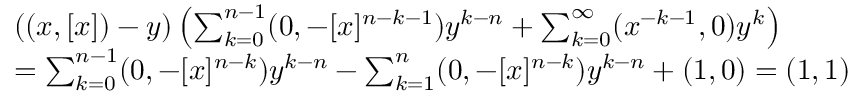
\begin{array} { r l } & { ( ( x , [ x ] ) - y ) \left( \sum _ { k = 0 } ^ { n - 1 } ( 0 , - [ x ] ^ { n - k - 1 } ) y ^ { k - n } + \sum _ { k = 0 } ^ { \infty } ( x ^ { - k - 1 } , 0 ) y ^ { k } \right) } \\ & { = \sum _ { k = 0 } ^ { n - 1 } ( 0 , - [ x ] ^ { n - k } ) y ^ { k - n } - \sum _ { k = 1 } ^ { n } ( 0 , - [ x ] ^ { n - k } ) y ^ { k - n } + ( 1 , 0 ) = ( 1 , 1 ) } \end{array}